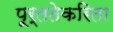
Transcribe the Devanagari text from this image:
पूर्ततेकरिता